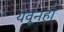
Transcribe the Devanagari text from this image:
येवूनही